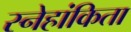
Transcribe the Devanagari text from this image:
स्नेहांकिता